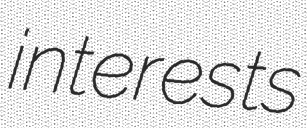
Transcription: interests